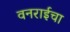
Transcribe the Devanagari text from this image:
वनराईचा